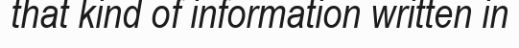
that kind of information written in